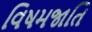
વિષમજાતિ